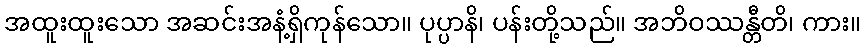
အထူးထူးသော အဆင်းအနံ့ရှိကုန်သော။ ပုပ္ပာနိ၊ ပန်းတို့သည်။ အဘိဝဿန္တီတိ၊ ကား။